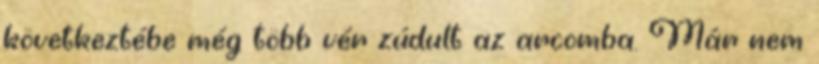
következtébe még több vér zúdult az arcomba. Már nem